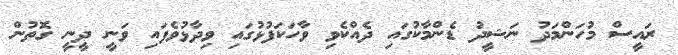
ރައީސް މުހަންމަދު ނަޝީދު ޑެންމާކުގައި ދެއްކެވި ވާހަކަފުޅުގައި ވިދާޅުވެފައި ވަނީ ދީނީ ގޮތުން